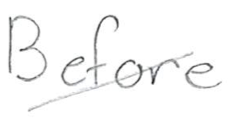
Text: Before
Cross-out: diagonal
Writing tool: pencil